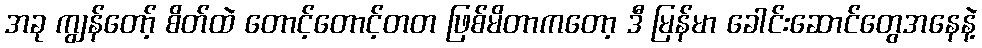
အခု ကျွန်တော့် စိတ်ထဲ တောင့်တောင့်တတ ဖြစ်မိတာကတော့ ဒီ မြန်မာ ခေါင်းဆောင်တွေအနေနဲ့